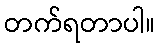
တက်ရတာပါ။